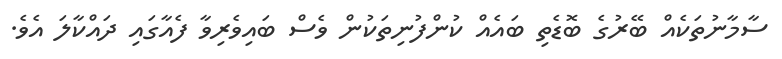
ސާމާނުތަކެއް ބޭރުގެ ބޮޑެތި ބައެއް ކުންފުނިތަކުން ވެސް ބައިވެރިވާ ފެއާގައި ދައްކާލަ އެވެ.